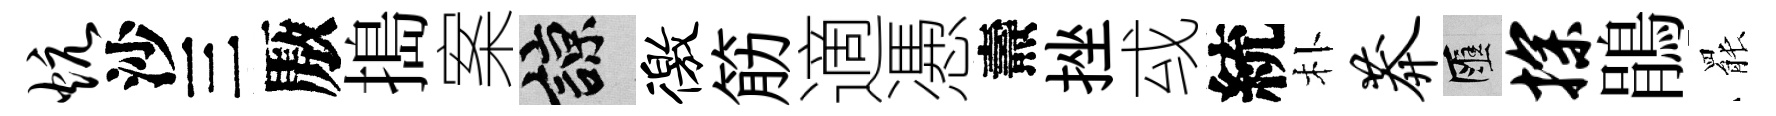
炕沙三厫搗案諒徼筋適慿燾挫㦯統朴莽匯探鵑罷